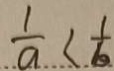
\frac { 1 } { a } < \frac { 1 } { b }